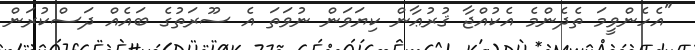
"އެހެންވީމަ ތެދެންމެ އެކުއްޖާ ޤުރުޢާން ކިޔަވަން ނުވަތަ އެ ސޫރަތުގެ ބައެއް ދަސްކުރަން